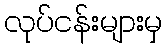
လုပ်ငန်းများမှ